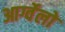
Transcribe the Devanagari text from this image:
आर्ग्वेलो